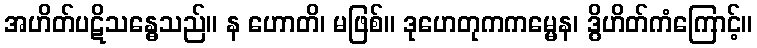
အဟိတ်ပဋိသန္ဓေသည်။ န ဟောတိ၊ မဖြစ်။ ဒုဟေတုကကမ္မေန၊ ဒွိဟိတ်ကံကြောင့်။